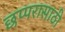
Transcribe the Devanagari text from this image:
छप्परासाठी